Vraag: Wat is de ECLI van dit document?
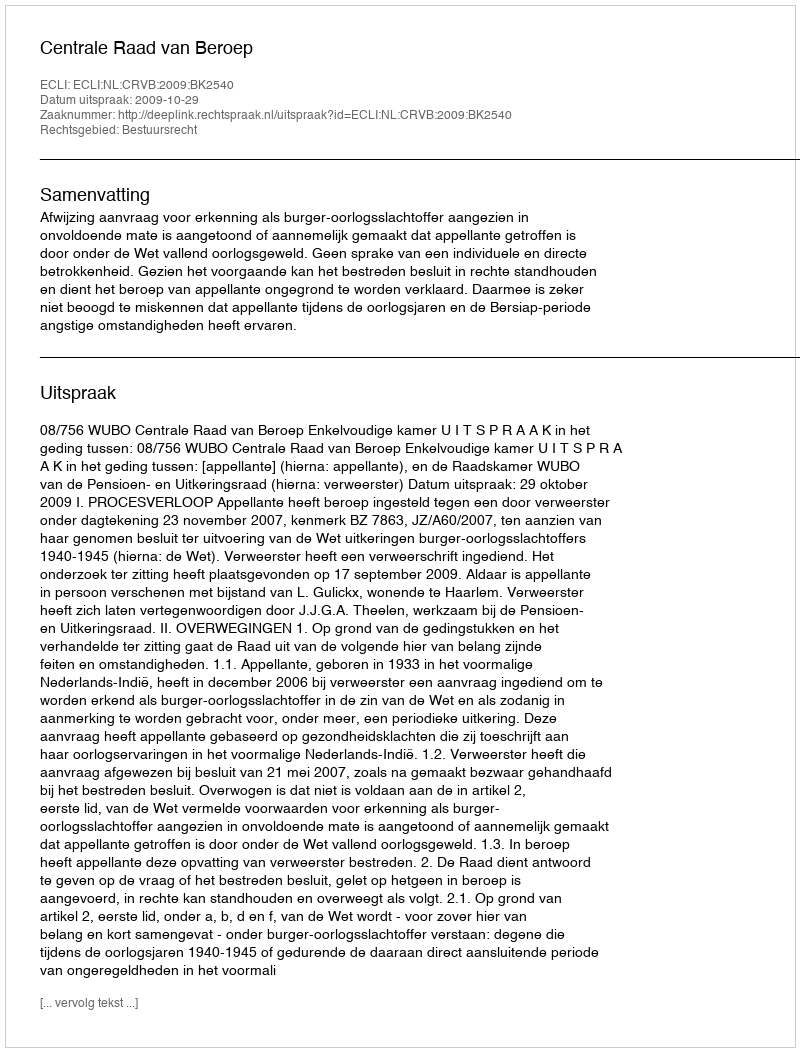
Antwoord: ECLI:NL:CRVB:2009:BK2540